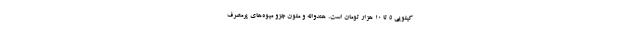
کیلویی 5 تا 10 هزار تومان است. هندوانه و ملون جزو میوه‌های پرمصرف